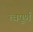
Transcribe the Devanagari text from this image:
त्वपूर्ण